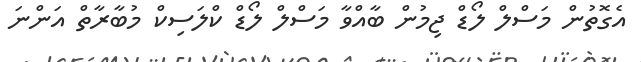
އެގޮތުން މަސްލް ލޯޑް ޖިމުން ބާއްވާ މަސްލް ލޯޑް ކްލަސިކް މުބާރާތް އަންނަ